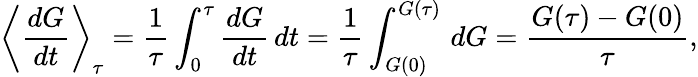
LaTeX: \left\langle{\frac{dG}{dt}}\right\rangle_{\tau}={\frac{1}{\tau}}\int_{0}^{\tau}{\frac{dG}{dt}}\, dt={\frac{1}{\tau}}\int_{G(0)}^{G(\tau)}\, dG={\frac{G(\tau)-G(0)}{\tau}},